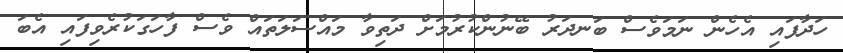
ހަދާފައި އެހެން ނަމަވެސް ބަނދަރު ބޭނުންކުރުމަށް ދަތިވާ މައްސަލަތައް ވެސް ފާހަގަކުރެވިފައި އެބަ